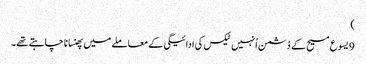
‏)‏
9 یسوع مسیح کے دُشمن اُنہیں ٹیکس کی ادائیگی کے معاملے میں پھنسانا چاہتے تھے۔